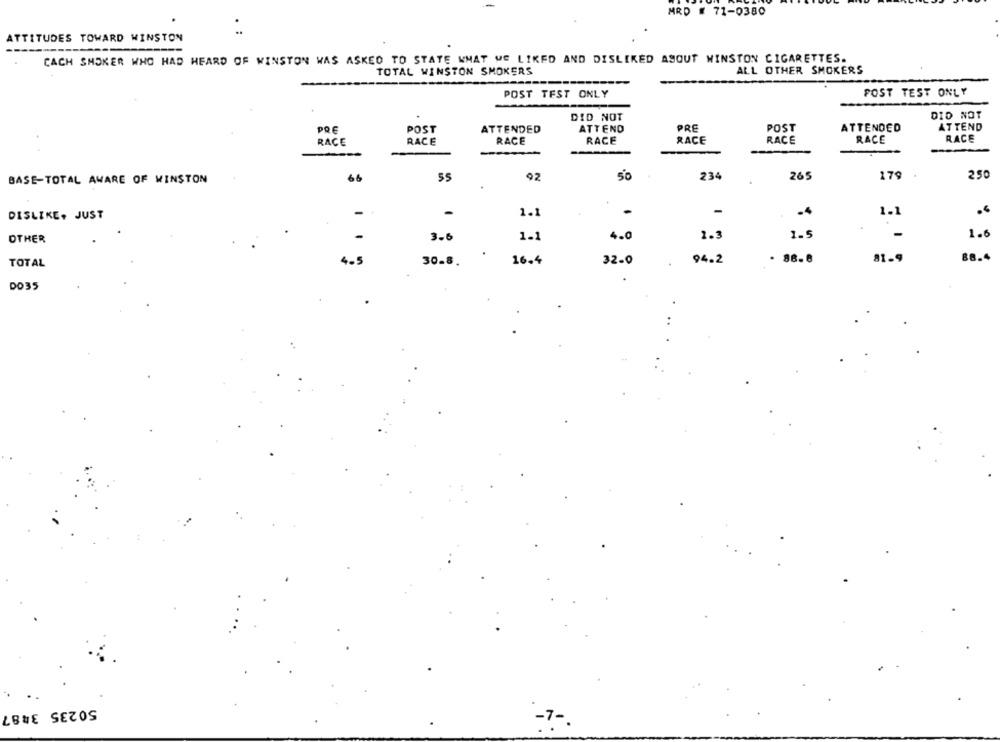
MRD # 71-0380
ATTITUDES TOWARD WINSTON
EACH SHOKER WHO HAD HEARD OF WINSTON WAS ASKED TO STATE WHAT WE LIKED AND DISLIKED ABOUT WINSTON CIGARETTES.
TOTAL WINSTON SMOKERS
ALL OTHER SMOKERS
POST TEST ONLY
POST TEST ONLY
DID NOT
DID NOT
POST
ATTEND
PRE
POST
ATTENDED
ATTEND
PRE
ATTENDED
RACE
RACE
RACE
RACE
RACE
RACE
RACE
RACE
..
66
92
50
234
265
179
250
BASE-TOTAL AWARE OF WINSTON
DISLIKE, JUST
-
1.1
.
-
1.1
.
OTHER
3.6
1.1
4.0
2.3
1.5
1.6
.
30.8
16.4
32-0
94.2
81.9
88.4
TOTAL
DO35
50235 3487
-7